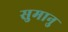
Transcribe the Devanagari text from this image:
सुमानु